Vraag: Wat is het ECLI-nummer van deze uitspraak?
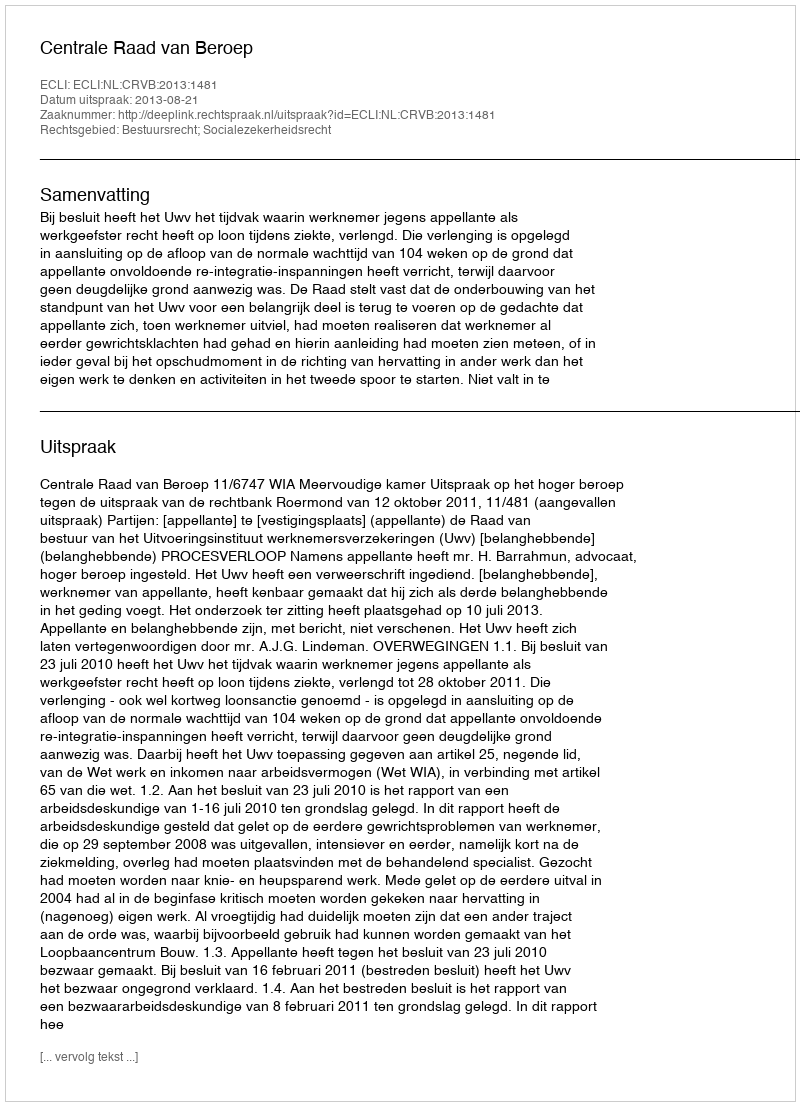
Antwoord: ECLI:NL:CRVB:2013:1481